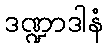
ဒဏ္ဍာဒါနံ